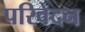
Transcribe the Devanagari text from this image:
परिवेदन